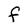
Character: f